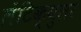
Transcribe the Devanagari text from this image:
लेंटिक्युलर